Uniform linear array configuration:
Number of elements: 16
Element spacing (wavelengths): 1
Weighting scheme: kaiser
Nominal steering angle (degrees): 30
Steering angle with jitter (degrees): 28.367
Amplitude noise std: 0.05
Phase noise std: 0.05

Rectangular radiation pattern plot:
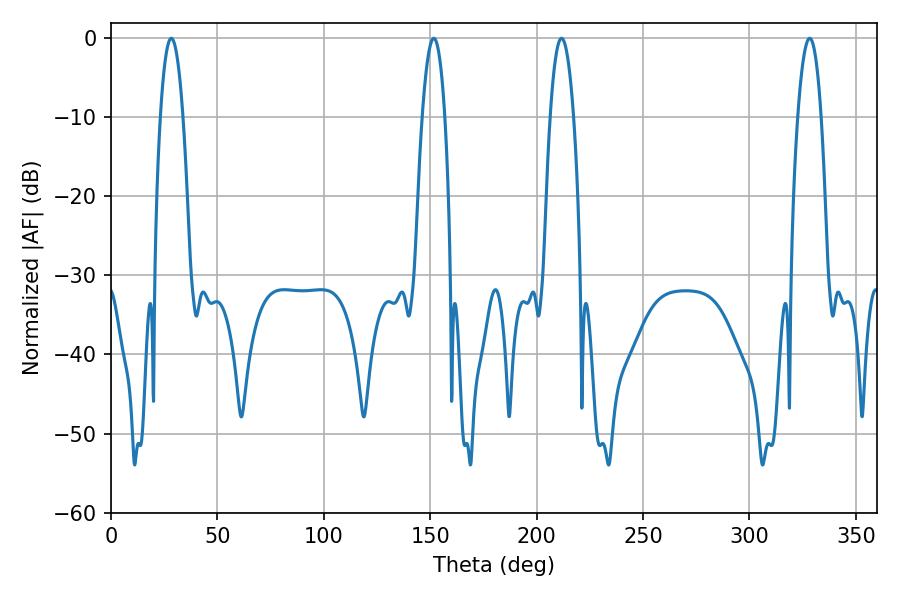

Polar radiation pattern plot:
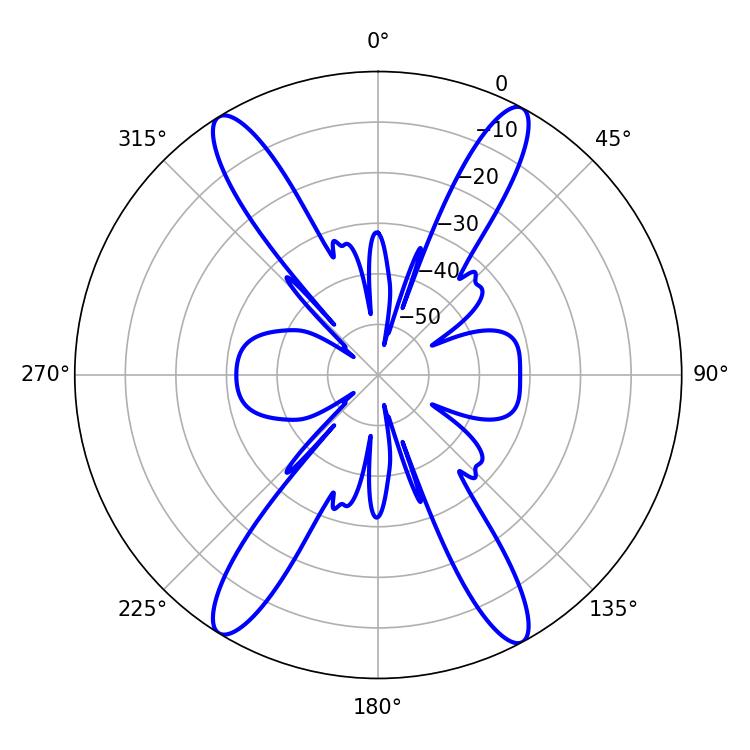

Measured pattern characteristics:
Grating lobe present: TRUE
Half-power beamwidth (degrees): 5.94
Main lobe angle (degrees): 328.32